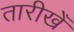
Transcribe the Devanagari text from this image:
तारीखेँ